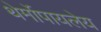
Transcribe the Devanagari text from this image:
थेर्मोपायलेय